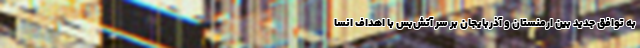
به توافق جدید بین ارمنستان و آذربایجان بر سر آتش‌بس با اهداف انسا